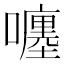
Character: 𡃚